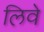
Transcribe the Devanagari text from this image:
लिवे